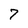
Character: 7